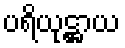
ပရိယုဋ္ဌာယ